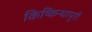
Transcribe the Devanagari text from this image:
किष्किन्धापुरी